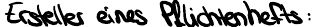
Ersteller eines Pflichtenhefts: